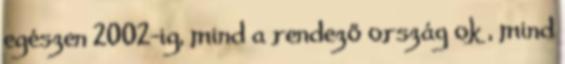
egészen 2002-ig, mind a rendező ország ok , mind